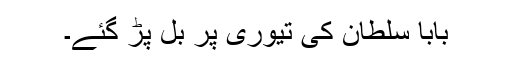
بابا سلطان کی تیوری پر بل پڑ گئے۔